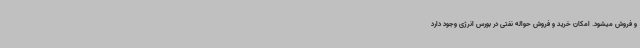
و فروش میشود. امکان خرید و فروش حواله نفتی در بورس انرژی وجود دارد